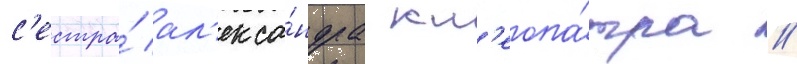
с'естра́ ал'екса́ндра кл'еопа́тра //